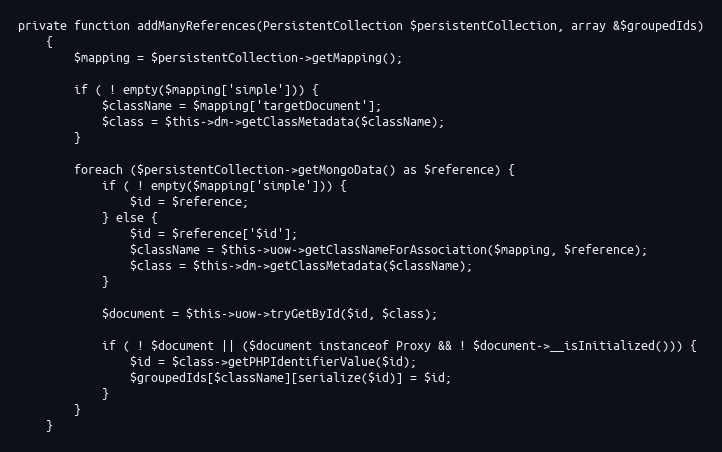
Language: PHP
private function addManyReferences(PersistentCollection $persistentCollection, array &$groupedIds)
    {
        $mapping = $persistentCollection->getMapping();

        if ( ! empty($mapping['simple'])) {
            $className = $mapping['targetDocument'];
            $class = $this->dm->getClassMetadata($className);
        }

        foreach ($persistentCollection->getMongoData() as $reference) {
            if ( ! empty($mapping['simple'])) {
                $id = $reference;
            } else {
                $id = $reference['$id'];
                $className = $this->uow->getClassNameForAssociation($mapping, $reference);
                $class = $this->dm->getClassMetadata($className);
            }

            $document = $this->uow->tryGetById($id, $class);

            if ( ! $document || ($document instanceof Proxy && ! $document->__isInitialized())) {
                $id = $class->getPHPIdentifierValue($id);
                $groupedIds[$className][serialize($id)] = $id;
            }
        }
    }